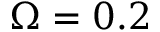
\Omega = 0 . 2